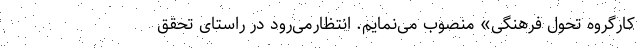
کارگروه تحول فرهنگی» منصوب می‌نمایم. انتظارمی‌رود در راستای تحقق